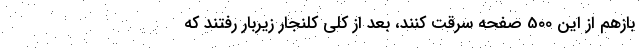
بازهم از این 500 صفحه سرقت کنند، بعد از کلی کلنجار زیربار رفتند که